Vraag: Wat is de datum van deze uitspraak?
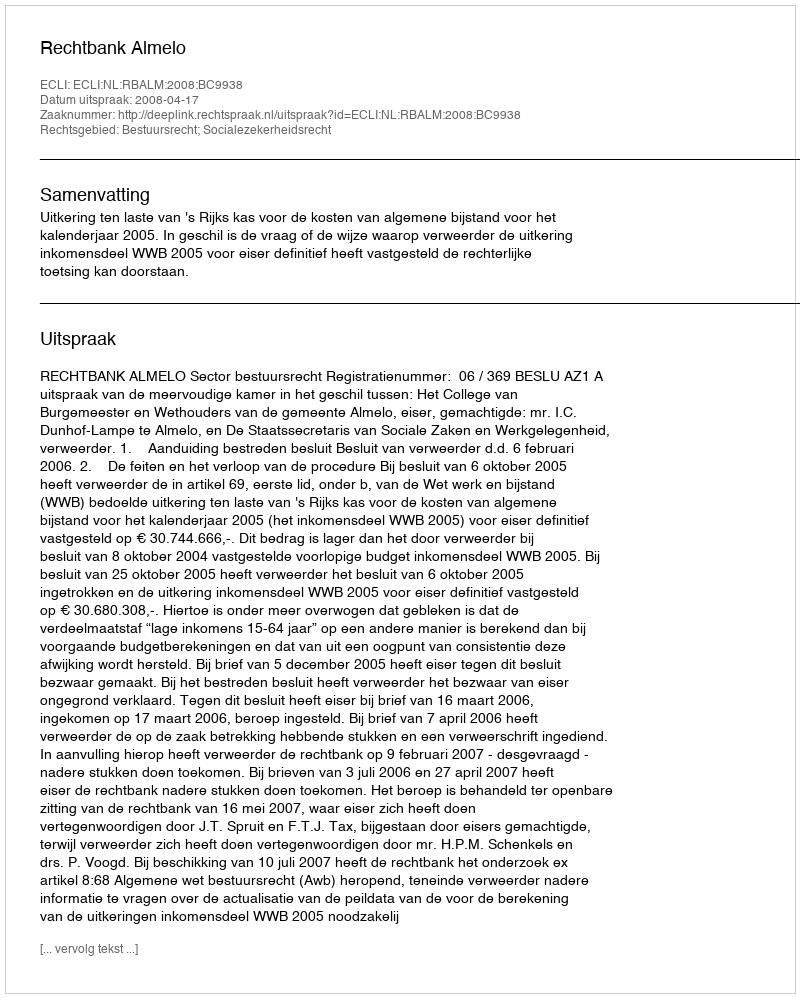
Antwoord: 2008-04-17